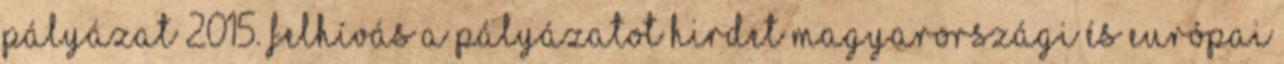
Pályázat 2015. FELHÍVÁS A pályázatot hirdet magyarországi és európai